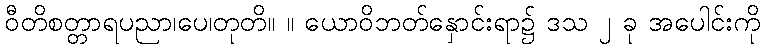
ဝီတိစတ္တာရပညာ၊ပေ၊တုတိ။ ။ ယောဝိဘတ်နှောင်းရာ၌ ဒသ ၂ ခု အပေါင်းကို